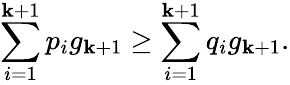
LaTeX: \sum_{i=1}^{\mathbf{k}+1}p_{i}g_{\mathbf{k}+1}\geq\sum_{i=1}^{\mathbf{k}+1}q_{i}g_{\mathbf{k}+1}.